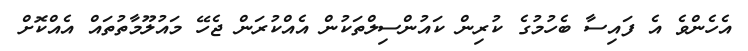
އެހެންވެ އެ ފައިސާ ބެހުމުގެ ކުރިން ކައުންސިލްތަކުން އެއްކުރަން ޖެހޭ މައުލޫމާތުތައް އެއްކޮށް